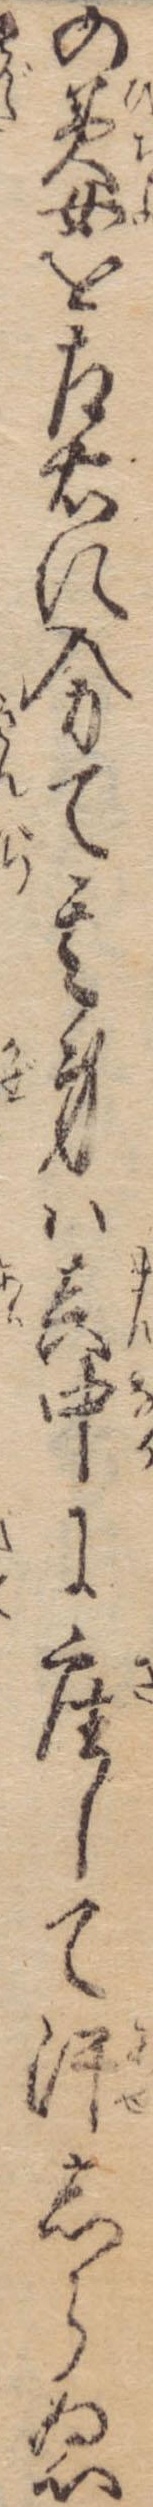
の美女を左右に分て其身は真中に座して汗しらぬ